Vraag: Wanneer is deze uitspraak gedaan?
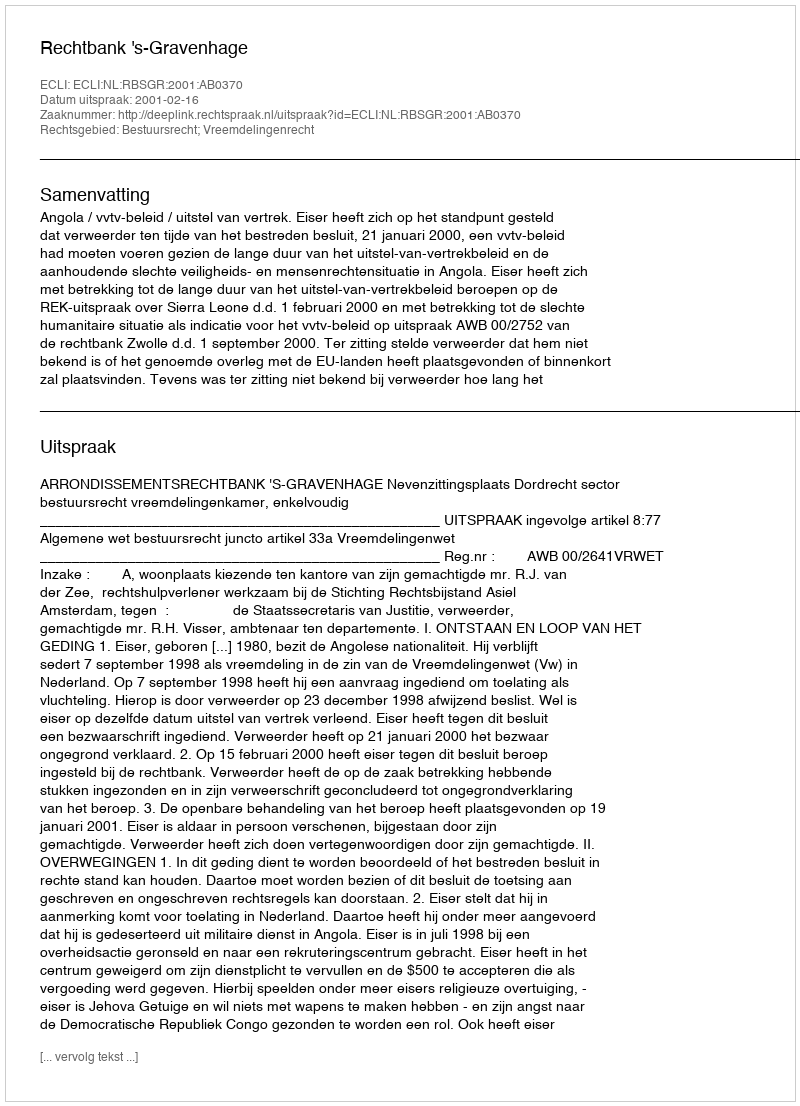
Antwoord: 2001-02-16